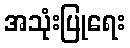
အသုံးပြုရေး